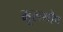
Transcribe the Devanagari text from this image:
मूलगोप